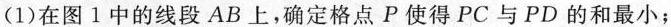
(1)在图1中的线段AB上，确定格点P使得PC与PD的和最小；